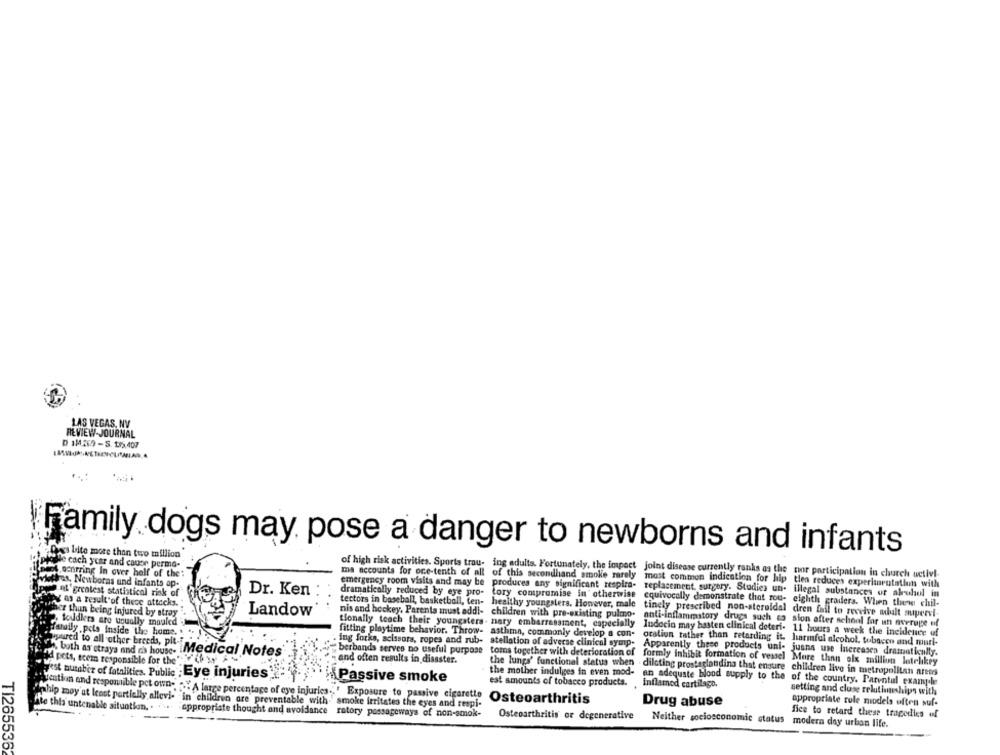
LAS VEGAS, NV
REVIEW-JOURNAL
D 1M29-S. to>407
Family dogs may pose a danger to newborns and infants
es late more than two million
Ne cach year and cause perma-
tocnrring In over half of the
of high risk activities. Sports trau- ing adults. Fortunately, the impact joint disease currently ranks as the nor participation in church uctiv !.
ma accounts for oce-tenth of all of this secondhand smoke rarely
tiras. Newborns und infants ap-
most common indication for hip tien reduces experianrutatiun with
Ont'greatest statistical risk of
Dr. Ken
dramatically reduced by eye pro-
emergency room visits and may be produces any significant respira- replacement, surgery. Studies un. illegal substances or alrehol in
tory compromise in' otherwise
y as a result of these attacks.
tectors in baseball, basketball, ten-
equivocally demonstrate that rou- eighth graders. When thewe chil-
Landow
' thun being Injured by stroy
nis and hockey, Parents must addi- children with pre-existing pulmo-
healthy youngsters. However, male tinely prescribed non-steroidal dren fail to receive malt suupervi-
toudkets are usually mauled
anti-inflammatory drugs such so sion after school for un overuge of
fatuily .pots inside the home.
fitting playtime behavior. Throw- asthma, commonly develop a con-
tionally teach their youngsters. nary embarrassment, cspecially Indocio may hasten clinical deteri- 11 hours a week the incidence of
pured to all other breeds, pit-
ing forks, scissors, ropes and rub-
oration rather than retarding it. harmful alcohol, tobacco and murl-
berbands serves no useful purpose
stellation of adverse clinical symp-
4. both as strays and na house- i
Medical Notes'
toma together with deterioration of
Apparently these products uni- juana use Increases dramatically.
id pets, ecem responsible for the " h y
and often results in disaster.
the lungs' functional status when
formly inhibit formation of vessel More than olx million lotelikey
the mother indulges in even mod-
dilcting prostaglandina that ensure children live in metropolitan areas
yest nutaber of fatalitica. Public ; Eye injuries
Passive smoke
est amounts of tobacco products.
an adequate blood supply to the of the country. Parental example
Inflamed cartilago.
ATention and responsible pet own. "" A large percentage of eye injuries." " Exposure to passive cigarette
setting and close relationships with
Osteoarthritis
Drug abuse
appropriate role models often suf-
Sahip moy at least partially allevi- "in children are preventable with smoke irritates the eyes and respi-
Ate this untenable situation. .
appropriate thought and avoidance
ratory passageways of non-smok-
Osteoarthritis or degenerative
fice to retard these tragedies of
Neither socioeconomic status modern day urban life.
TI2655362